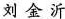
刘金沂